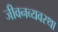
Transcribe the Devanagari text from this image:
जीवनव्यवस्था